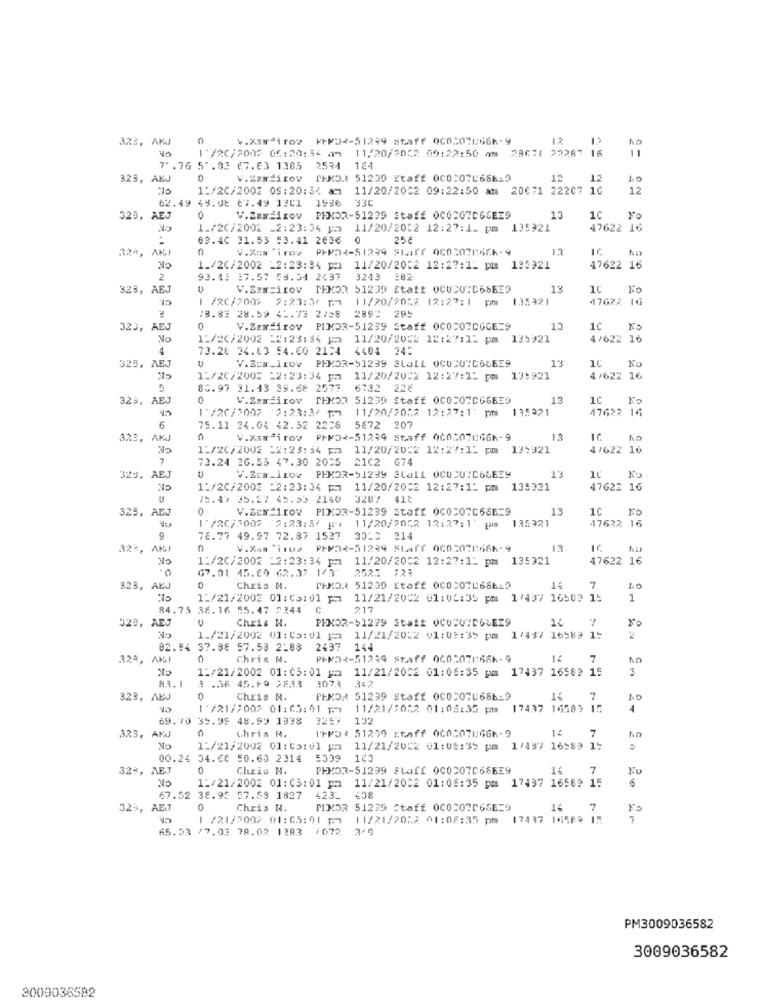
azz, AKd
0
4.X3⑈ 1rov PFN32-51299 8taff 060507866-9
12
29071 22287
1 /20/2002 05:20:34 am 11/20/2052 09:22:50 Am
7".76 5'.33 67.63 1305 2534 164
323, AEJ
0
TEND. 51239 Etaff 0CO:07L686-9
12
12
11/2C/2002 09:20:54 am
11/20/2002 09:22:50 am 20071 22207 16
12
62.49 48.08 67.49 1201 1996 33C
323, AEJ
0
V.Zamilov PHKOR-51299 Staff 0COCO7C66EE9
13
1C
1_/20/2002 _2:23:34 pa 11/20/2032 12:27:1_ pm 135921
47622 16
69.40 31.53 53.41 2036 0
25€
32ª, AKJ
V.Zes "i rov
13
AD
1_/20/2002 _2:23:34 pm 11/20/2002 12:27:1_ pm 135921
17622 16
2
93.43 17.57 58.54 2437
3243
282
323, AEJ
V.Zam=irov MEMOR 51239 Etatt CUCU"C66EE9
13
1 /20/2005 9:23:30 MM
11/20/9052 12:27:1 pm
135921
4762%
16
289: 295
18.82 28.59 41.73 2/28
323,
0
V.Zemdirov PIMDR-51239 Staff 0COCO7DGGE=9
13
10
No
1:/20/2002 =2:23:34 pm 11/20/2052 12:27:11 pm 135921
4/622 16
4
73.26 24.63 54.60 2124 4404 345
325, AEJ
V.Zcm_irov PHKOR-51239 Stall OCU20"COLE39
13
10
11/20/2005 22:23:34 pm
11/20/2002 12:27:15 pm 13:#21
4/622 16
80.97 31.13 39.68 2577
6732 22€
323, AEJ
0
V.Zamii rov
TEMOR 51239 Staff OCOCO7C66EE9
13
10
Va
1'/20/2002 2:23:3/ 1 11/20/2022 12:27:1" pm
195321
17622 16
6
75.11 24.04 42.52 2208
5672 207
323,
AKJ
0
V.Xamirov PHP52-51239 Staff 0005070666-9
13
11/20/2002 22:23:54 pm 11/20/2002 12:27:15 pm 135321
4/622 16
7
73.24 26.53 47.30 2005 2102 674
13
325, AEJ
CK
V.2.1row PHKOR-51239 SLO11 OCUCUICOLEE9
11/2C/2002 _2:23:34 pm 11/20/2002 12:27:12 pm 135921
47622 16
75.47 35.27 45.53 2140 3207 418
325, AEJ
0
V.Sex 1rov PINDR-51239 staff 0C0207666=9
13
1C
17622 16
1 /20/2002 2:23:3/ 1 11/20/2052 12:27:17 pm 135321
g
78.77 49.97 72.87 1537 3030 214
32%, /
0
V.88 1102 PFP02-51239 Staff 0602078666-9
13
No
0.
1:/20/2002 _2:23:34 pm 11/20/2002 12:27:12 pm 135921
47622 16
67.31 45.84 62.32 1/5:
3523 72%
323,
AKJ
0
Chris M.
PHKO. 51239 Etaff 000507L66619
14
7
1.0
11/21/2002 01: 05: 01 pa 11/21/2002 01:06:35 pm 1/437 16502 1:
1
84.75 36.16 55.47 2244
217
J29, AEJ
Chris N.
PEKOR-51279 Statt OCODVID6LEE9
1¿
1_/21/2002 01: 05:v1 pa 11/21/2002 01:03:35 pm 1/437 16589 1:
82.84
37.88 57.58 2-88 2497 144
323, AKI
0
Chris N.
PHP24-51299 Staff 060:07⑆:66k-9
7
12/21/2002 01:05:01 ya
11/21/2002 01:08:35 pm 17437 16589 15
3
R.3. 1
3 .36 45.69 2233 3073
323, AEJ
Chris N.
FINOA 51299 Staff 0COCO7C686-9
14
7
10
1 /21/2002 01:05:01 pm 11/21/2022 01:02:35 pm
17437
16582
-
4
69.70 35.99 48.99 1338
3267 1
IFPD: 51299 staff 000507066-9
12
323, AKJ
chris N.
7
No
1:/21/2002 01: 05:v1 pa 11/21/2002 01:05:35 pm 1/457 16589 1:
00.24 34.68 50.63 2314 5309
100
32%, AEJ
0
Chris N.
PHMOR-51299 SLI 007669
14
7
Fo
NO
6
1:/21/2002 01:05: 01 pm 11/21/2002 01:08:35 pm 17497 16569 15
67.52 38.95 57.59 1827 423_ 408
323, AEJ
0
Chris M.
PUKOR 51239 Staff 0C0207066E=9
14
7
Fo
1 /21/2002 01:05:91 10 11/21/2052 01:08:35 pm 17437 16589 15
65.53 /7.02 78.02 1383 /072 3/9
PM3009036582
3009036582
3009036582